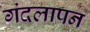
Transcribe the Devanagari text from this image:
गंदलापन